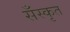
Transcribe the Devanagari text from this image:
सँस्कृत